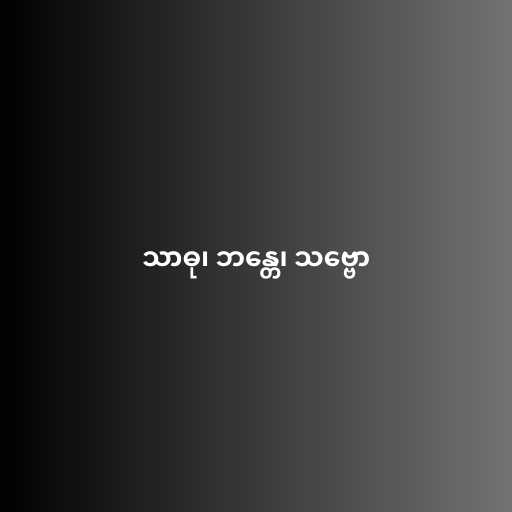
သာဓု၊ ဘန္တေ၊ သဗ္ဗော